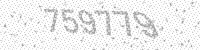
Solution: 759779